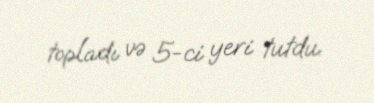
topladı və 5-ci yeri tutdu.